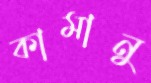
কামানু